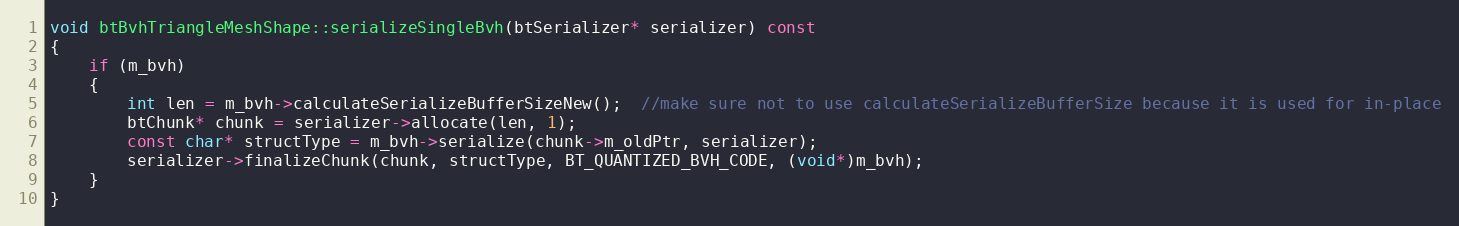
Language: C++
void btBvhTriangleMeshShape::serializeSingleBvh(btSerializer* serializer) const
{
	if (m_bvh)
	{
		int len = m_bvh->calculateSerializeBufferSizeNew();  //make sure not to use calculateSerializeBufferSize because it is used for in-place
		btChunk* chunk = serializer->allocate(len, 1);
		const char* structType = m_bvh->serialize(chunk->m_oldPtr, serializer);
		serializer->finalizeChunk(chunk, structType, BT_QUANTIZED_BVH_CODE, (void*)m_bvh);
	}
}